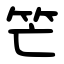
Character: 笀